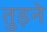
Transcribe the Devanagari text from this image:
तुड़ने